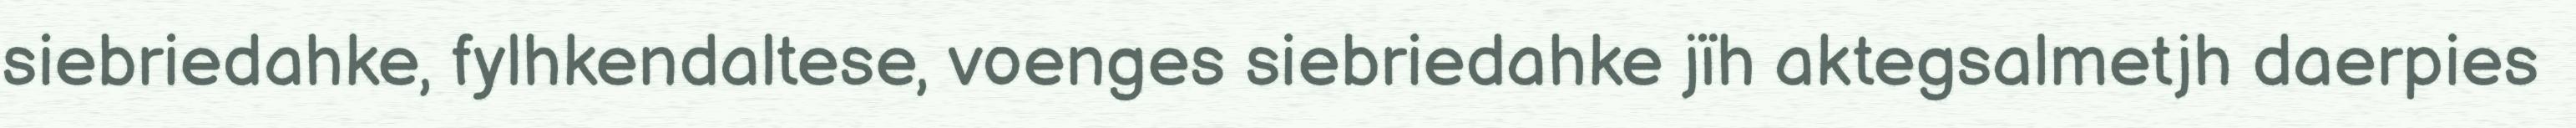
siebriedahke, fylhkendaltese, voenges siebriedahke jïh aktegsalmetjh daerpies